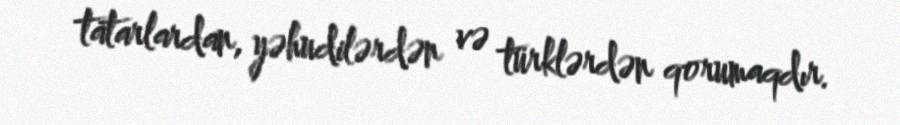
tatarlardan, yəhudilərdən və türklərdən qorumaqdır.